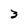
Character: 3